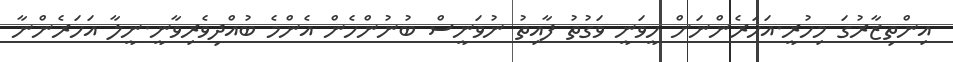
އިންތިޒާރުގަ މިހުރީ.އަހަރެންނަށް ހީވަނީ ވަގުތު ފާއިތު ނުވަނީސް ބުނުންހެން އެންމެ ބުއްދިވެރިވާނީ.ނީލާ އަހަރެންނާ